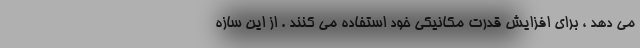
می دهد ، برای افزایش قدرت مکانیکی خود استفاده می کنند . از این سازه